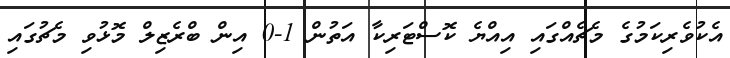
އެކުވެރިކަމުގެ މެޗެއްގައި އިއްޔެ ކޮސްޓަރިކާ އަތުން 1-0 އިން ބްރެޒިލް މޮޅުވި މެޗުގައި